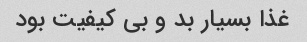
غذا بسیار بد و بی کیفیت بود